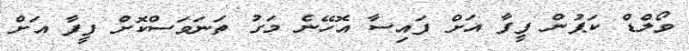
ވޯލްޑް ކަޕުން ފީފާ އަށް ފައިސާ އޮހޭނެ މަގު ތަނަވަސްކޮށް ފީފާ އަށް